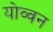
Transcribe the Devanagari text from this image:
योव्वन